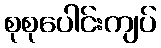
စုစုပေါင်းကျပ်